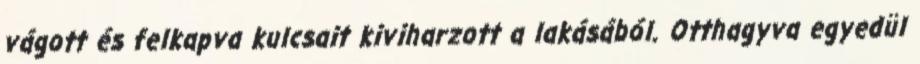
vágott és felkapva kulcsait kiviharzott a lakásából. Otthagyva egyedül